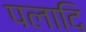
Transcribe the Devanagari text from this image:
पलादि